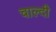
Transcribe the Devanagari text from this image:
चाल्दी